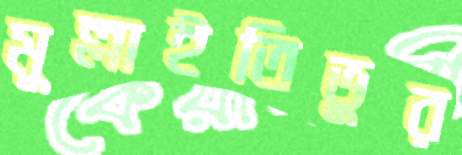
মুল্লাইতিভুর